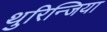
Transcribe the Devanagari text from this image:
थुरिन्जिया